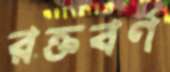
রক্তবর্ণ